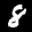
Label: 8